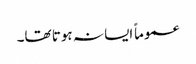
عموماً ایسا نہ ہوتا تھا۔